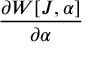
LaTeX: \frac { \partial W [ J , \alpha ] } { \partial \alpha }